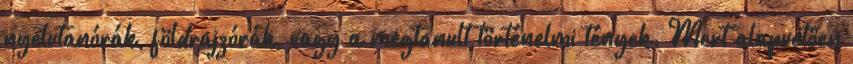
nyelvtanórák, földrajzórák, vagy a megtanult történelmi tények. Mert alapvetően